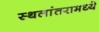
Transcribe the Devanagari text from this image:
स्थलांतरामध्ये